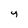
Character: y